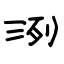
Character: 洌